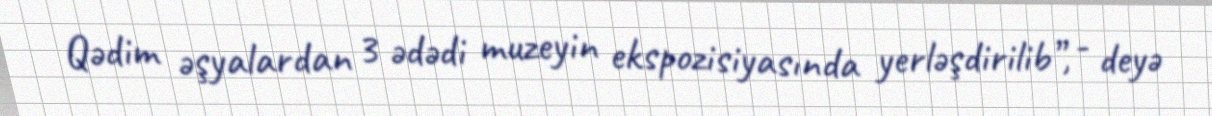
Qədim əşyalardan 3 ədədi muzeyin ekspozisiyasında yerləşdirilib”, - deyə